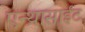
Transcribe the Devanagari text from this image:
एन्थ्रासाईट